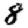
Digit: 8